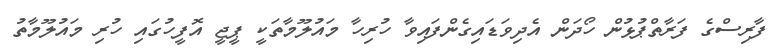
ފާރިސްގެ ފަރާތްޕުޅުން ހޯދަން އެދިވަޑައިގެންފައިވާ ހުރިހާ މައުލޫމާތަކީ ޕީޖީ އޮފީހުގައި ހުރި މައުލޫމާތު